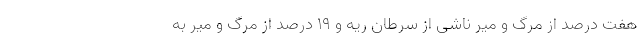
هفت درصد از مرگ و میر ناشی از سرطان ریه و ۱۹ درصد از مرگ و میر به